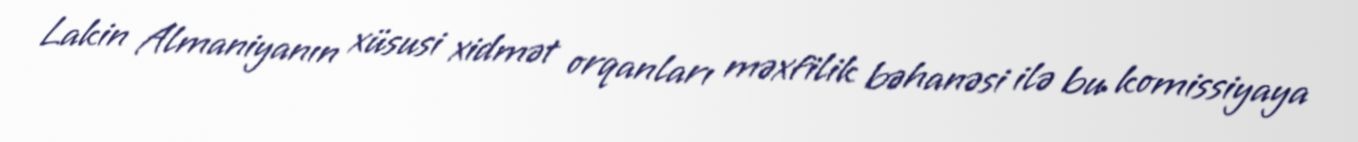
Lakin Almaniyanın xüsusi xidmət orqanları məxfilik bəhanəsi ilə bu komissiyaya